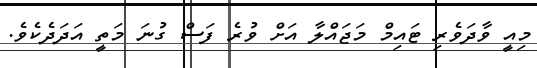
މިއީ ވާދަވެރި ޓައިމް މަޖައްލާ އަށް ވުރެ ފަސް ގުނަ މަތީ އަދަދެކެވެ.